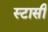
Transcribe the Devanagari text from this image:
स्टासी